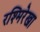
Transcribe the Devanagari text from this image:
रश्मिरेखा